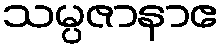
သမ္ပဇာနာဧ